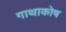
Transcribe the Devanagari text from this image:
गाथाकोष